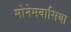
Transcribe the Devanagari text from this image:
मोनेमवासिया